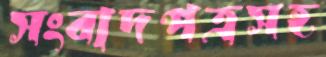
সংবাদপত্রসহ